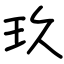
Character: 玖